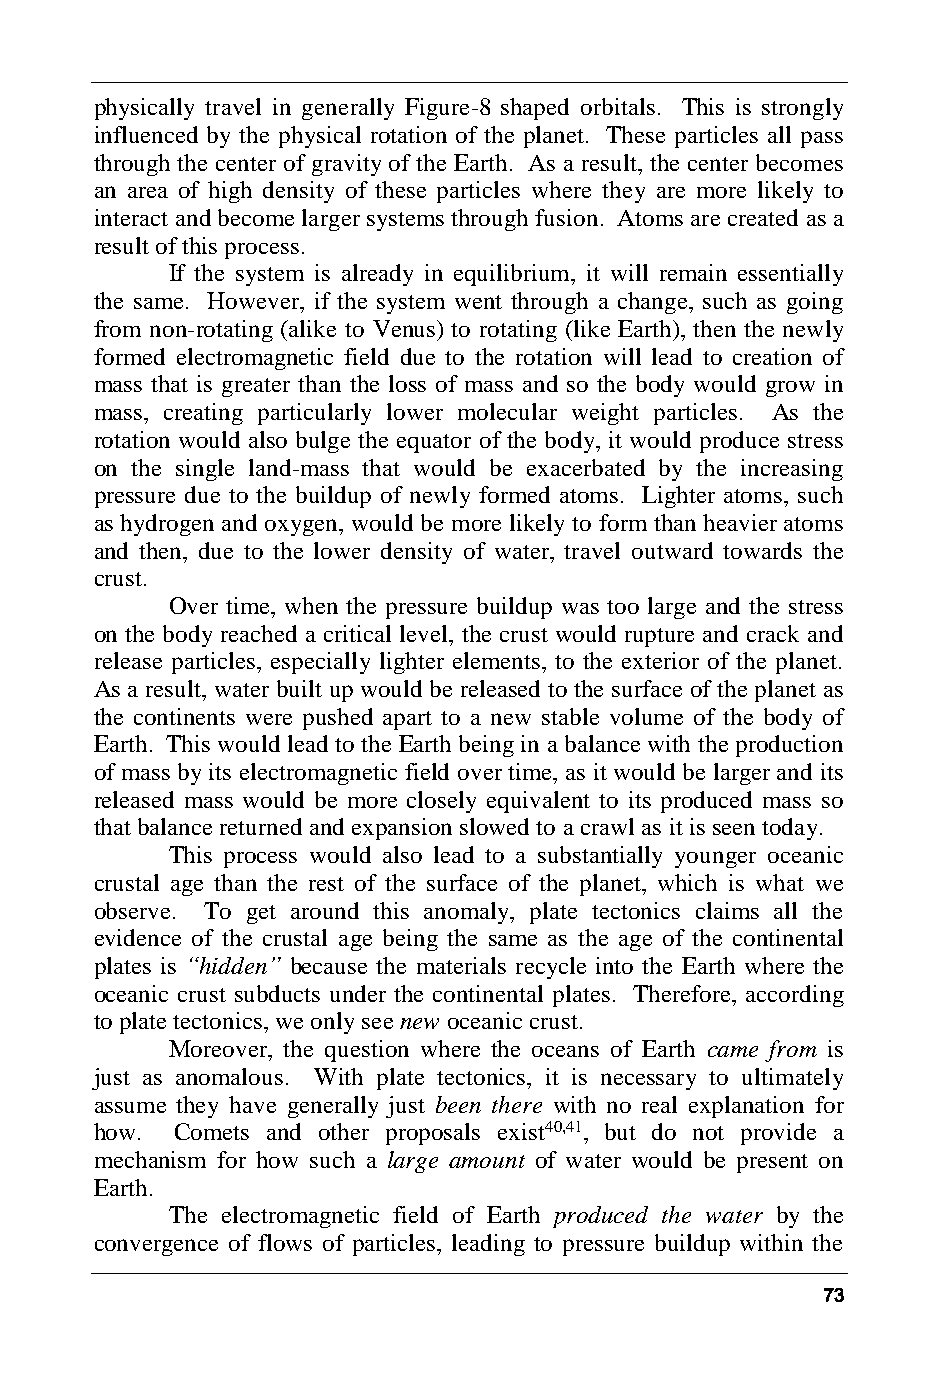
physically travel in generally Figure-8 shaped orbitals. This is strongly
 influenced by the physical rotation of the planet. These particles all pass
 through the center of gravity of the Earth. As a result, the center becomes
 an area of high density of these particles where they are more likely to
 interact and become larger systems through fusion. Atoms are created as a
 result of this process.
 If the system is already in equilibrium, it will remain essentially
 the same. However, if the system went through a change, such as going
 from non-rotating (alike to Venus) to rotating (like Earth), then the newly
 formed electromagnetic field due to the rotation will lead to creation of
 mass that is greater than the loss of mass and so the body would grow in
 mass, creating particularly lower molecular weight particles. As the
 rotation would also bulge the equator of the body, it would produce stress
 on the single land-mass that would be exacerbated by the increasing
 pressure due to the buildup of newly formed atoms. Lighter atoms, such
 as hydrogen and oxygen, would be more likely to form than heavier atoms
 and then, due to the lower density of water, travel outward towards the
 crust.
 Over time, when the pressure buildup was too large and the stress
 on the body reached a critical level, the crust would rupture and crack and
 release particles, especially lighter elements, to the exterior of the planet.
 As a result, water built up would be released to the surface of the planet as
 the continents were pushed apart to a new stable volume of the body of
 Earth. This would lead to the Earth being in a balance with the production
 of mass by its electromagnetic field over time, as it would be larger and its
 released mass would be more closely equivalent to its produced mass so
 that balance returned and expansion slowed to a crawl as it is seen today.
 This process would also lead to a substantially younger oceanic
 crustal age than the rest of the surface of the planet, which is what we
 observe. To get around this anomaly, plate tectonics claims all the
 evidence of the crustal age being the same as the age of the continental
 plates is “hidden” because the materials recycle into the Earth where the
 oceanic crust subducts under the continental plates. Therefore, according
 to plate tectonics, we only see new oceanic crust.
 Moreover, the question where the oceans of Earth came from is
 just as anomalous. With plate tectonics, it is necessary to ultimately
 assume they have generally just been there with no real explanation for
 how.  Comets and other proposals exist40,41, but do not provide a
 mechanism for how such a large amount of water would be present on
 Earth.
 The electromagnetic field of Earth produced the water by the
 convergence of flows of particles, leading to pressure buildup within the
 73